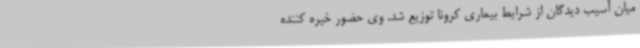
میان آسیب دیدگان از شرایط بیماری کرونا توزیع شد. وی حضور خیره کننده